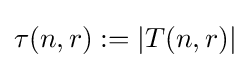
\tau (n,r):=|T(n,r)|